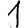
Digit: 1